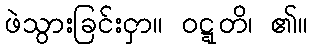
ဖဲသွားခြင်းငှာ။ ဝဋ္ဋတိ၊ ၏။